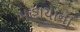
મહાયાના